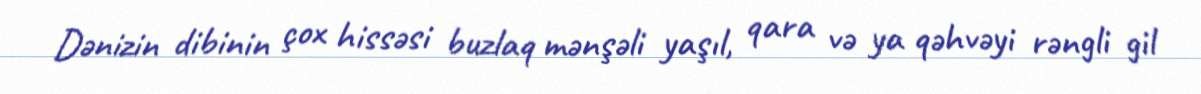
Dənizin dibinin çox hissəsi buzlaq mənşəli yaşıl, qara və ya qəhvəyi rəngli gil